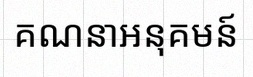
គណនាអនុគមន៍